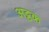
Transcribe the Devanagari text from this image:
अट्ठक